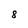
Character: 8